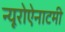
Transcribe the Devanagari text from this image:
न्यूरोऐनाटमी